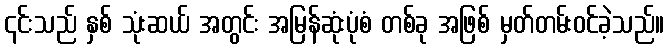
၎င်းသည် နှစ် သုံးဆယ် အတွင်း အမြန်ဆုံးပုံစံ တစ်ခု အဖြစ် မှတ်တမ်းဝင်ခဲ့သည်။